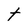
Character: t